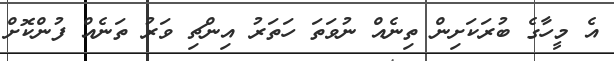
އެ މީހާގެ ބުރަކަށިން ތިނެއް ނުވަތަ ހަތަރު އިންޗި ވަރު ތަނެއް ފުންކޮށް